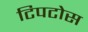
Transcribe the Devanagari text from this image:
टिपटोस